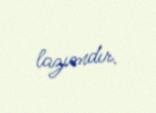
lazımdır.